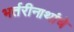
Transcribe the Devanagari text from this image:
भर्तरीनाथांचे